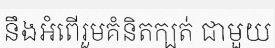
នឹងអំពើរួមគំនិតក្បត់ ជាមួយ